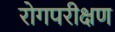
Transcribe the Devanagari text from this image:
रोगपरीक्षण